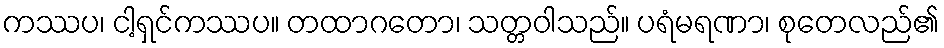
ကဿပ၊ ငါ့ရှင်ကဿပ။ တထာဂတော၊ သတ္တဝါသည်။ ပရံမရဏာ၊ စုတေလည်၏